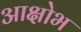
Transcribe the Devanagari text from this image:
आक्षोभ